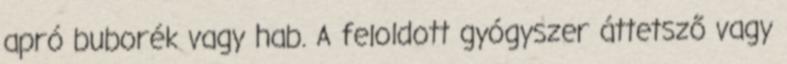
apró buborék vagy hab. A feloldott gyógyszer áttetsző vagy